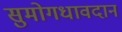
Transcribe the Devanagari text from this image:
सुमोगधावदान